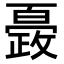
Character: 𭤍